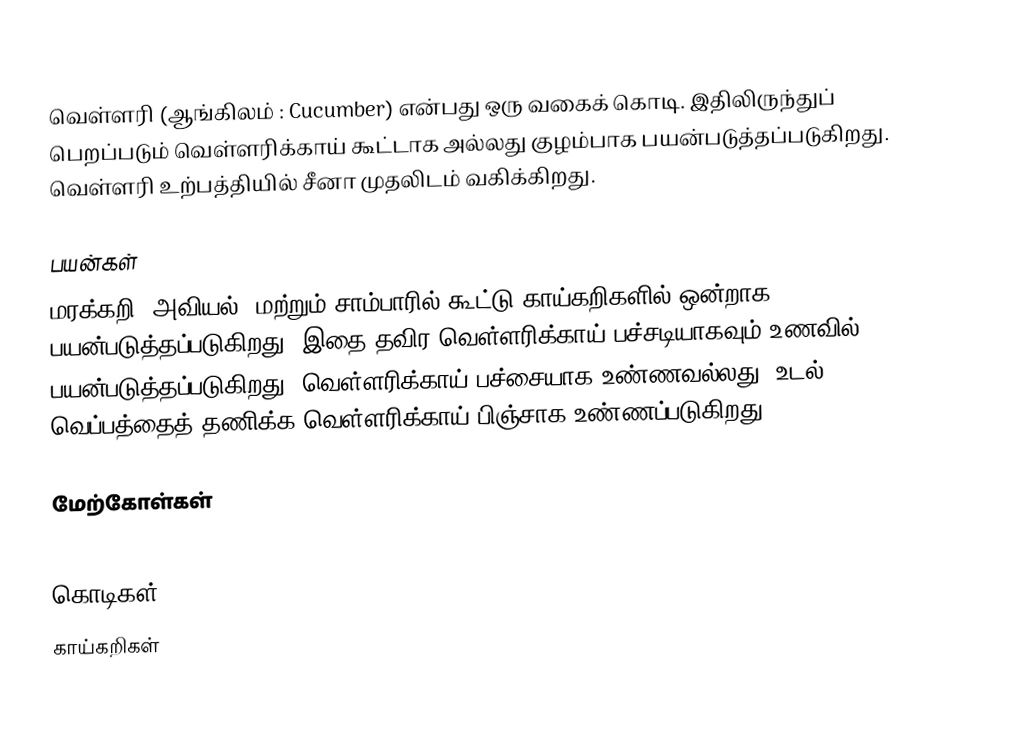
வெள்ளரி (ஆங்கிலம் : Cucumber) என்பது ஒரு வகைக் கொடி. இதிலிருந்துப் பெறப்படும் வெள்ளரிக்காய் கூட்டாக அல்லது குழம்பாக பயன்படுத்தப்படுகிறது. வெள்ளரி உற்பத்தியில் சீனா முதலிடம் வகிக்கிறது.

பயன்கள்
மரக்கறி (அவியல்) மற்றும் சாம்பாரில் கூட்டு காய்கறிகளில் ஒன்றாக பயன்படுத்தப்படுகிறது. இதை தவிர வெள்ளரிக்காய் பச்சடியாகவும் உணவில் பயன்படுத்தப்படுகிறது. வெள்ளரிக்காய் பச்சையாக உண்ணவல்லது. உடல் வெப்பத்தைத் தணிக்க வெள்ளரிக்காய் பிஞ்சாக உண்ணப்படுகிறது.

மேற்கோள்கள்

கொடிகள்
காய்கறிகள்